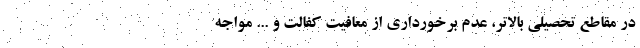
در مقاطع تحصیلی بالاتر، عدم برخورداری از معافیت کفالت و ... مواجه